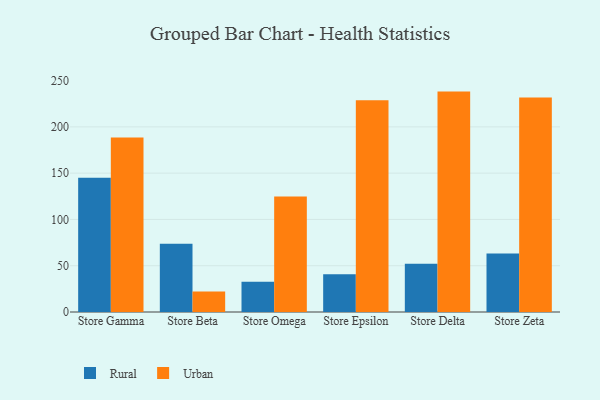
{"axis": {"x": "Store", "y": "Population (Million)"}, "legend": ["Rural", "Urban"], "data": [{"x": "Store Gamma", "y": 144.9, "type": "Rural"}, {"x": "Store Gamma", "y": 188.4, "type": "Urban"}, {"x": "Store Beta", "y": 73.8, "type": "Rural"}, {"x": "Store Beta", "y": 22.1, "type": "Urban"}, {"x": "Store Omega", "y": 32.7, "type": "Rural"}, {"x": "Store Omega", "y": 124.7, "type": "Urban"}, {"x": "Store Epsilon", "y": 40.7, "type": "Rural"}, {"x": "Store Epsilon", "y": 228.8, "type": "Urban"}, {"x": "Store Delta", "y": 52.2, "type": "Rural"}, {"x": "Store Delta", "y": 238.1, "type": "Urban"}, {"x": "Store Zeta", "y": 63.3, "type": "Rural"}, {"x": "Store Zeta", "y": 231.8, "type": "Urban"}]}